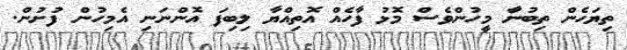
ތިޔަހެން ތިބުނަާ މީހުންވެސް މޮޅު ފާހެއް އޮތިއްޔާ ލިބިފަ އޮންނަނި އެމިހުން ފުށުން.